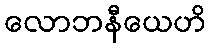
လောဘနီယေဟိ